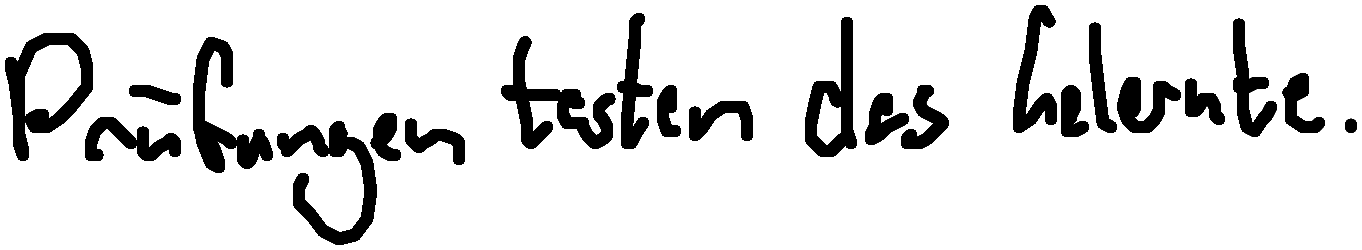
Prüfungen testen das Gelernte.